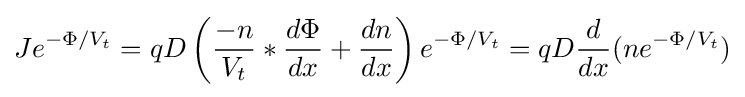
Je^{-\Phi /V_{t}}=qD\left({\frac {-n}{V_{t}}}*{\frac {d\Phi }{dx}}+{\frac {dn}{dx}}\right)e^{-\Phi /V_{t}}=qD{\frac {d}{dx}}(ne^{-\Phi /V_{t}})